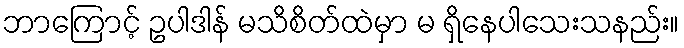
ဘာကြောင့် ဥပါဒါန် မသိစိတ်ထဲမှာ မ ရှိနေပါသေးသနည်း။